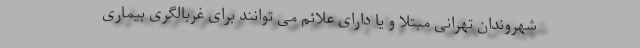
شهروندان تهرانی مبتلا و یا دارای علائم می توانند برای غربالگری بیماری